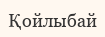
Қойлыбай